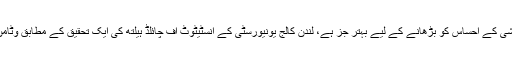
دودھ وٹامن ڈی کے حصول کا بہترین ذریعہ ہے جو کہ ہمارے اندر خوشی کے احساس کو بڑھانے کے لیے بہتر جز ہے، لندن کالج یونیورسٹی کے انسٹیٹوٹ آف چائلڈ ہیلتھ کی ایک تحقیق کے مطابق وٹامن ڈی کی کمی اور ڈپریشن کا شکار ہونے کے درمیان تعلق پایا جاتا ہے۔